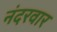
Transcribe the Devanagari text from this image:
नंदरवार